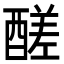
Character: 醝